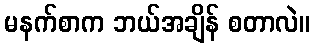
မနက်စာက ဘယ်အချိန် စတာလဲ။